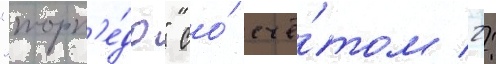
"торп'е́до" со́ счё́том 2: